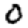
Digit: 0